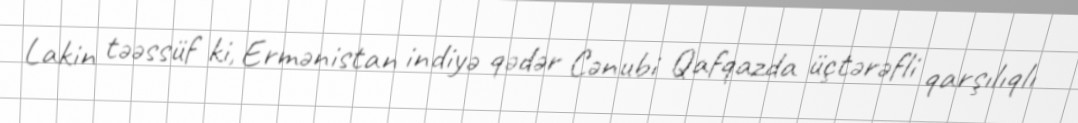
Lakin təəssüf ki, Ermənistan indiyə qədər Cənubi Qafqazda üçtərəfli qarşılıqlı